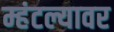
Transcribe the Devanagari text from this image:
म्हंटल्यावर